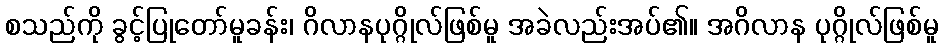
စသည်ကို ခွင့်ပြုတော်မူခန်း၊ ဂိလာနပုဂ္ဂိုလ်ဖြစ်မူ အခဲလည်းအပ်၏။ အဂိလာန ပုဂ္ဂိုလ်ဖြစ်မူ